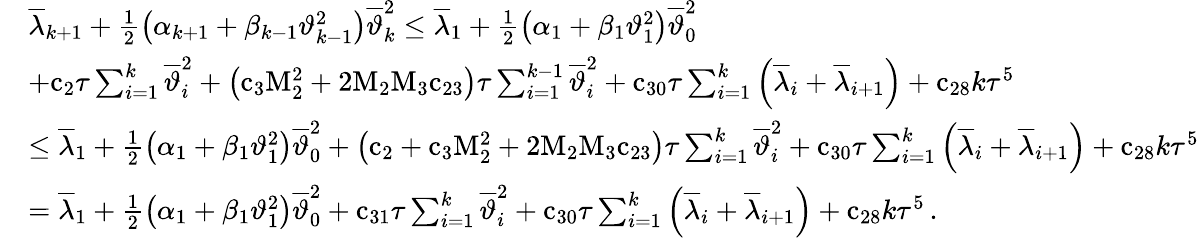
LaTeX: \begin{array}{rl}&{{\overline{{\lambda}}}_{k+1}+\frac{1}{2}\left({\alpha}_{k+1}+{\beta}_{k-1}{\vartheta}_{k-1}^{2}\right){\overline{{\vartheta}}}_{k}^{2}\leq{\overline{{\lambda}}}_{1}+\frac{1}{2}\left({\alpha}_{1}+{\beta}_{1}{\vartheta}_{1}^{2}\right){\overline{{\vartheta}}}_{0}^{2}}\\ &{+{\mathrm{c}}_{2}{\tau}\sum_{i=1}^{k}{{\overline{{\vartheta}}}_{i}^{2}}+\left({\mathrm{c}}_{3}{\mathrm{M}}_{2}^{2}+{2}{\mathrm{M}}_{2}{\mathrm{M}}_{3}{\mathrm{c}}_{23}\right){\tau}\sum_{i=1}^{k-1}{{\overline{{\vartheta}}}_{i}^{2}}+{\mathrm{c}}_{30}{\tau}\sum_{i=1}^{k}{\left({\overline{{\lambda}}}_{i}+{\overline{{\lambda}}}_{i+1}\right)}+{\mathrm{c}}_{28}{k}{\tau}^{5}}\\ &{\leq{\overline{{\lambda}}}_{1}+\frac{1}{2}\left({\alpha}_{1}+{\beta}_{1}{\vartheta}_{1}^{2}\right){\overline{{\vartheta}}}_{0}^{2}+\left({\mathrm{c}}_{2}+{\mathrm{c}}_{3}{\mathrm{M}}_{2}^{2}+{2}{\mathrm{M}}_{2}{\mathrm{M}}_{3}{\mathrm{c}}_{23}\right){\tau}\sum_{i=1}^{k}{{\overline{{\vartheta}}}_{i}^{2}}+{\mathrm{c}}_{30}{\tau}\sum_{i=1}^{k}{\left({\overline{{\lambda}}}_{i}+{\overline{{\lambda}}}_{i+1}\right)}+{\mathrm{c}}_{28}{k}{\tau}^{5}}\\ &{={\overline{{\lambda}}}_{1}+\frac{1}{2}\left({\alpha}_{1}+{\beta}_{1}{\vartheta}_{1}^{2}\right){\overline{{\vartheta}}}_{0}^{2}+{\mathrm{c}}_{31}{\tau}\sum_{i=1}^{k}{{\overline{{\vartheta}}}_{i}^{2}}+{\mathrm{c}}_{30}{\tau}\sum_{i=1}^{k}{\left({\overline{{\lambda}}}_{i}+{\overline{{\lambda}}}_{i+1}\right)}+{\mathrm{c}}_{28}{k}{\tau}^{5}\, .}\end{array}